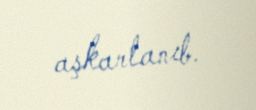
aşkarlanıb.